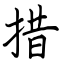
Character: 措